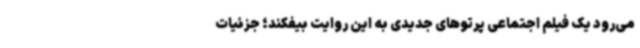
می‌رود یک فیلم اجتماعی پرتوهای جدیدی به این روایت بیفکند؛ جزئیات